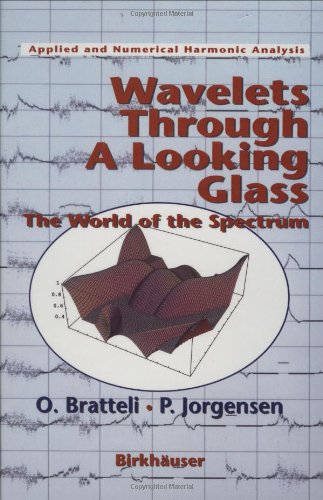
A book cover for Wavelets Through a Looking Glass: The World of the Spectrum (Applied and Numerical Harmonic Analysis); Ola Bratteli; Computers & Technology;